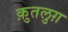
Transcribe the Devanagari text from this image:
क़ुतलुग़